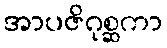
အာပဇိဂုစ္ဆကာ